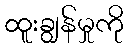
ထူးချွန်မှုကို